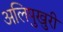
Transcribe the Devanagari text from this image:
अलिपुखुरी